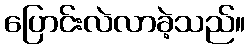
ပြောင်းလဲလာခဲ့သည်။